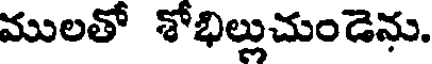
ములతో శోభిల్లుచుండెను.